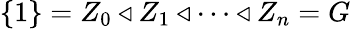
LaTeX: \{ 1\} =Z_{0}\triangleleft Z_{1}\triangleleft\dots\triangleleft Z_{n}=G